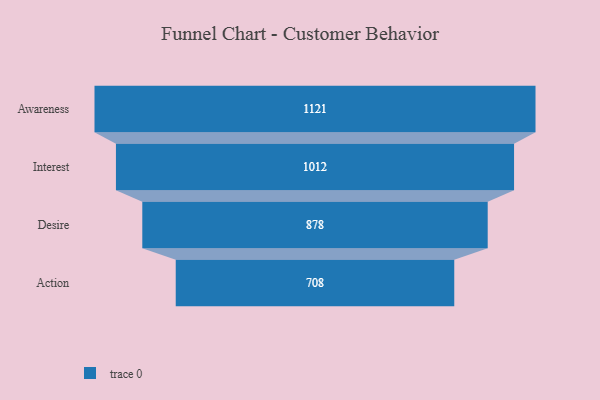
{"axis": {"x": "Stage", "y": "Value"}, "legend": [""], "data": [{"x": "Awareness", "y": 1121.0, "type": ""}, {"x": "Interest", "y": 1012.0, "type": ""}, {"x": "Desire", "y": 878.0, "type": ""}, {"x": "Action", "y": 708.0, "type": ""}]}